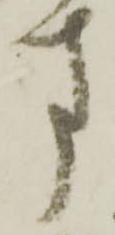
す